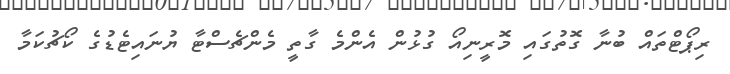
ރިޕޯޓްތައް ބުނާ ގޮތުގައި މޮރީނިއޯ ގުޅުން އެންމެ ގާތީ މެންޗެސްޓާ ޔުނައިޓެޑުގެ ކޯޗުކަމާ